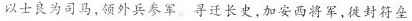
以士良为司马，领外兵参军。寻迁长史，加安西将军，徙封符垒